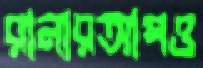
রানারআপও